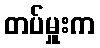
တပ်မှူးက